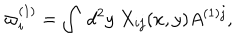
LaTeX: \varpi _ { i } ^ { ( 1 ) } = \int \ d ^ { 2 } y \ X _ { i j } ( x , y ) A ^ { ( 1 ) j } ,